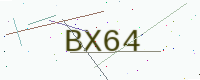
Text: BX64